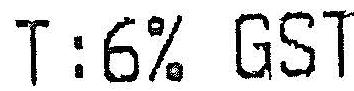
T:6% GST